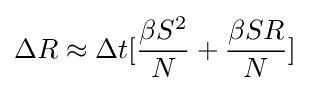
\Delta R\approx \Delta t[{\beta S^{2} \over N}+{\beta SR \over N}]